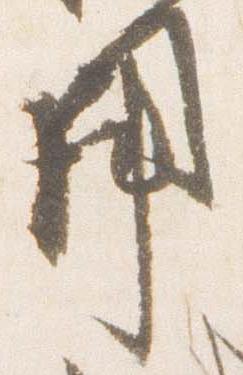
用